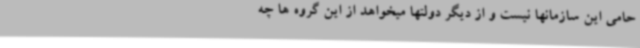
حامی این سازمانها نیست و از دیگر دولتها میخواهد از این گروه ها چه